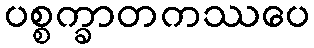
ပစ္စက္ခာတကဿပေ